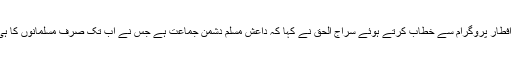
ایک خصوصی افطار پروگرام سے خطاب کرتے ہوئے سراج الحق نے کہا کہ داعش مسلم دشمن جماعت ہے جس نے اب تک صرف مسلمانوں کا ہی خون بہایا ہے۔